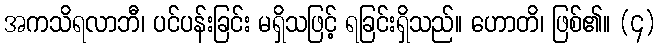
အကသိရလာဘီ၊ ပင်ပန်းခြင်း မရှိသဖြင့် ရခြင်းရှိသည်။ ဟောတိ၊ ဖြစ်၏။ (၄)